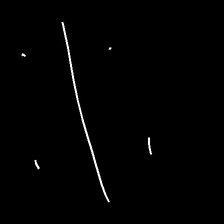
Glyph: cool